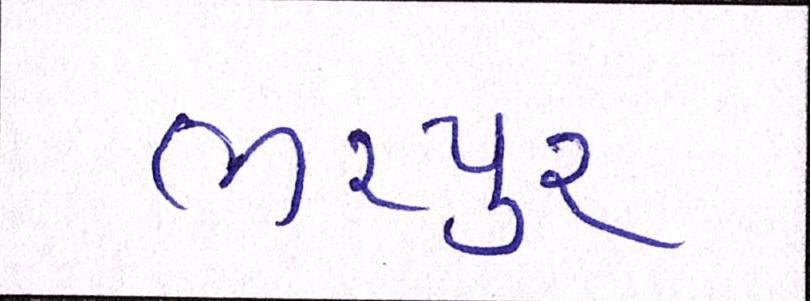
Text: ભરપુર